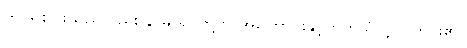
ဤ ရှစ်ပါးသည်လည်း နာမ် ရုပ်တို့ကို အကြောင်းနှင့်တကွသိလျှင် ကင်း၏။